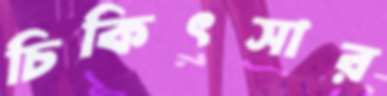
চিকিৎসার